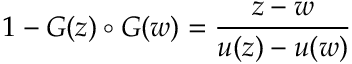
1 - G ( z ) \circ G ( w ) = { \frac { z - w } { u ( z ) - u ( w ) } }